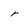
Character: r